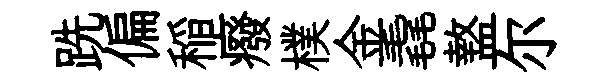
跣偏稲癈樸金毳盩尔